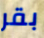
بقر